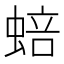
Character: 𬠗